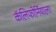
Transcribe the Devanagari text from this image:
कॅलिफोर्नियाला